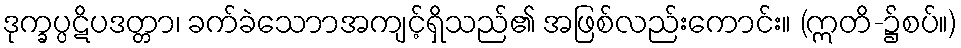
ဒုက္ခပ္ပဋိပဒတ္တာ၊ ခက်ခဲသောာအကျင့်ရှိသည်၏ အဖြစ်လည်းကောင်း။ (ဣတိ-၌စပ်။)